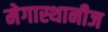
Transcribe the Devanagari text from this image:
मेगास्थानीज